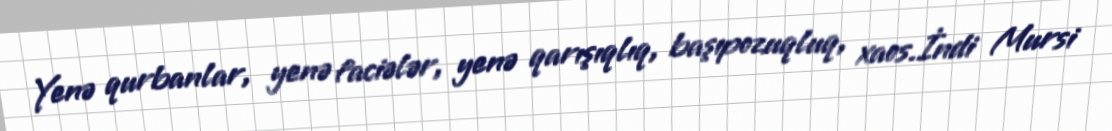
Yenə qurbanlar, yenə faciələr, yenə qarışıqlıq, başıpozuqluq, xaos.İndi Mursi